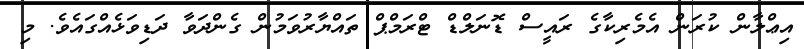
އިޢްލާން ކުރަން އެމެރިކާގެ ރައީސް ޑޮނަލްޑް ޓްރަމްޕް ތައްޔާރުވަމުން ގެންދަވާ ދަޑިވަޅެއްގައެވެ. މި